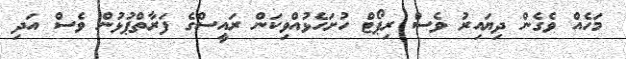
މަހެއް ވެގެން ދިޔައިރު ވެސް ރިޕޯޓް ހުށަހެޅުއްވިކަން ރައީސްގެ ފަރާތްޕުޅުން ވެސް އަދި